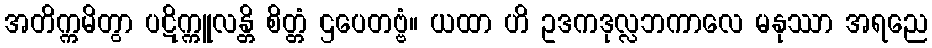
အတိက္ကမိတွာ ပဋိက္ကူလန္တိ စိတ္တံ ဌပေတဗ္ဗံ။ ယထာ ဟိ ဥဒကဒုလ္လဘကာလေ မနုဿာ အရညေ